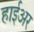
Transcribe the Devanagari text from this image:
हाईअर